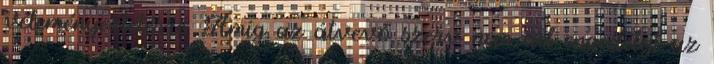
véleményeztetésre. Amíg az átvevő szerv nem ad engedélyt az